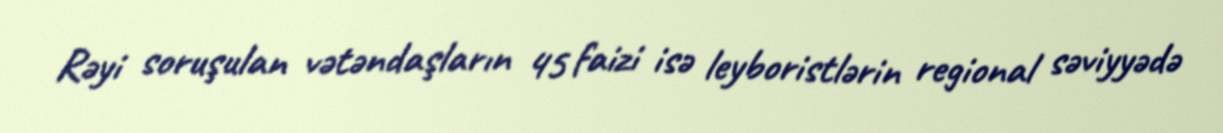
Rəyi soruşulan vətəndaşların 45 faizi isə leyboristlərin regional səviyyədə